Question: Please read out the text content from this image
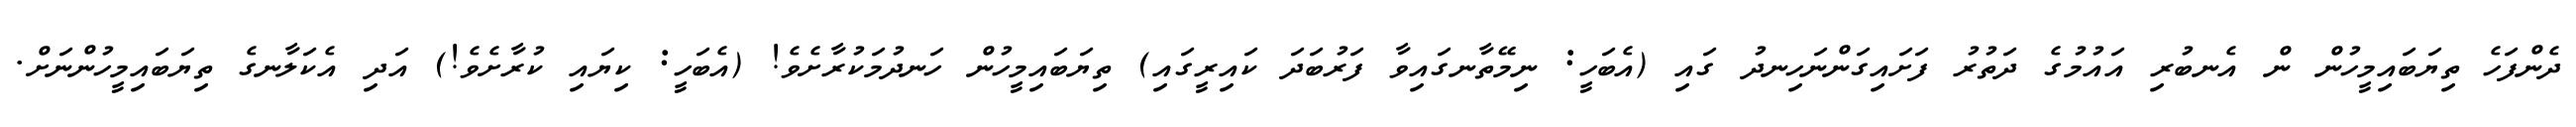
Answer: ދެންފަހެ ތިޔަބައިމީހުން ން އެނބުރި އައުމުގެ ދަތުރު ފަށައިގަންނަހިނދު ގައި (އެބަހީ: ނިމޭތާނގައިވާ ފަރުބަދަ ކައިރީގައި) ތިޔަބައިމީހުން ހަނދުމަކުރާށެވެ! (އެބަހީ: ކިޔައި ކުރާށެވެ!) އަދި އެކަލާނގެ ތިޔަބައިމީހުންނަށް.